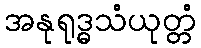
အနုရုဒ္ဓသံယုတ္တံ